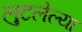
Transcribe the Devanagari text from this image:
लुटलेल्या